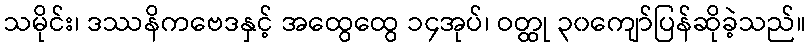
သမိုင်း၊ ဒဿနိကဗေဒနှင့် အထွေထွေ ၁၄အုပ်၊ ဝတ္ထု ၃၀ကျော်ပြန်ဆိုခဲ့သည်။